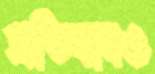
প্রতিবাদও